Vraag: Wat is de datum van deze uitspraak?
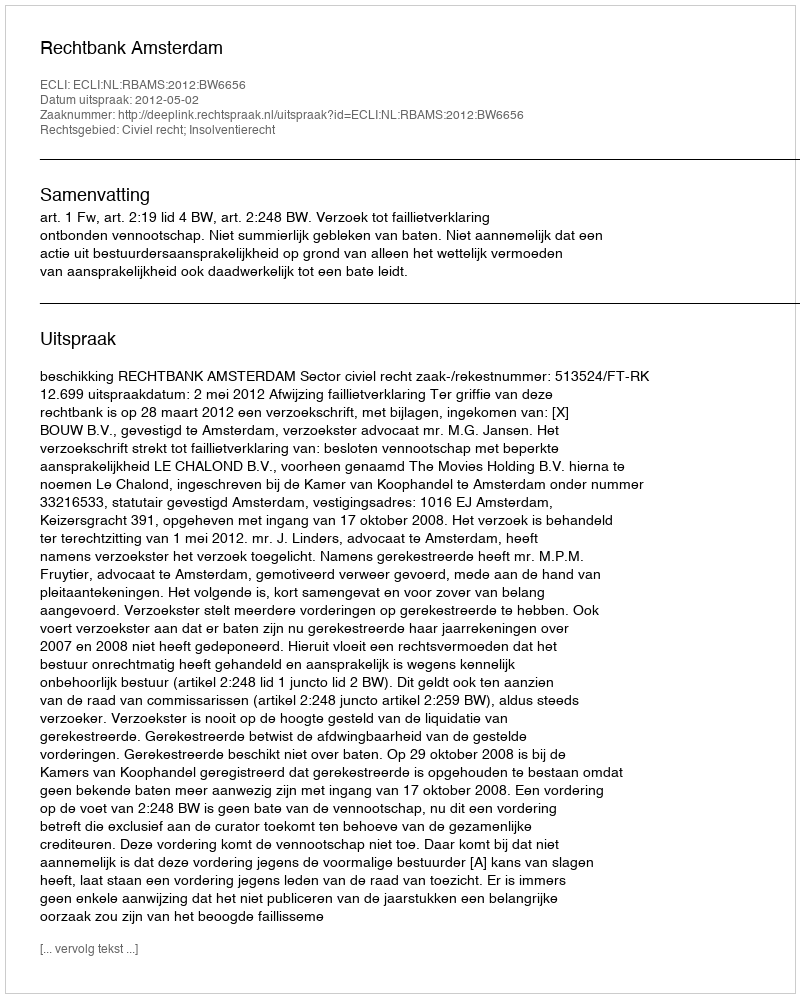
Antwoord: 2012-05-02